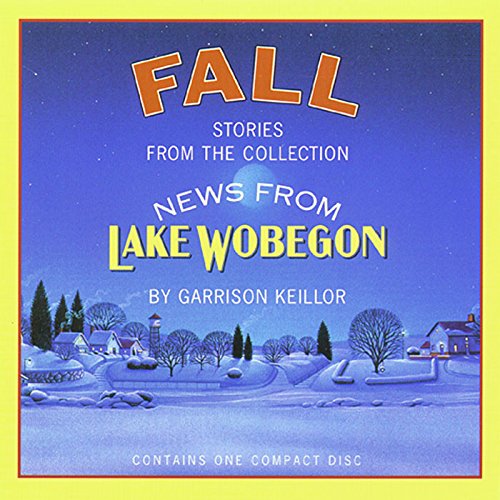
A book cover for Fall: Stories from the Collection News from Lake Wobegon; Garrison Keillor; Humor & Entertainment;